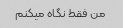
من فقط نگاه میکنم